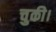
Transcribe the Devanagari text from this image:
चुकी।